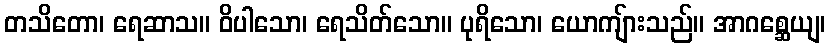
တသိတော၊ ရေဆာသ။ ဝိပါသော၊ ရေသိတ်သော။ ပုရိသော၊ ယောကျ်ားသည်။ အာဂစ္ဆေယျ၊